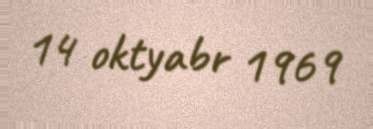
14 oktyabr 1969